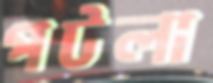
পটলা